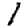
Digit: 1